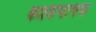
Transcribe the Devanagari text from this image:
कन्नडभाषक